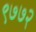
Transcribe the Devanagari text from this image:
९७७२